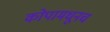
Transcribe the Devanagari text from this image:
कोपामधूनच